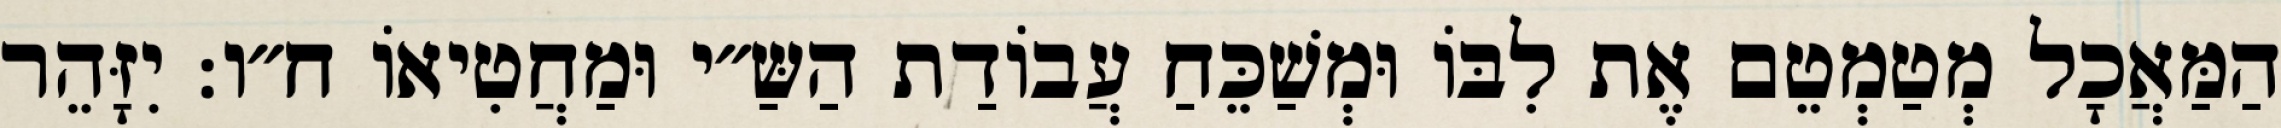
הַמַּאֲכָל מְטַמְטֵם אֶת לִבּוֹ וּמְשַׁכֵּחַ עֲבוֹדַת הַשַּ״י וּמַחֲטִיאוֹ ח״ו: יִזָּהֵר